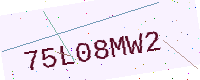
Text: 75L08MW2